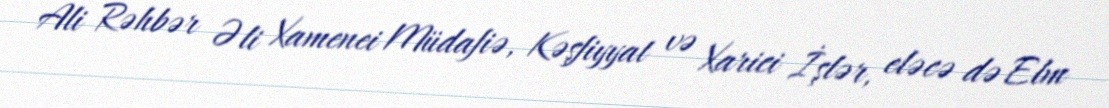
Ali Rəhbər Əli Xamenei Müdafiə, Kəşfiyyat və Xarici İşlər, eləcə də Elm